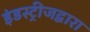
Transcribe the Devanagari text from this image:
इंडस्ट्रीजद्वारा